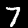
Digit: 7